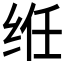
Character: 𫟃